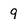
Character: 9